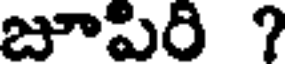
జూపిరి ?